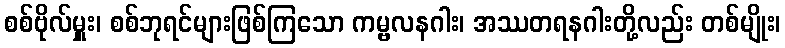
စစ်ဗိုလ်မှူး၊ စစ်ဘုရင်များဖြစ်ကြသော ကမ္ဗလနဂါး၊ အဿတရနဂါးတို့လည်း တစ်မျိုး၊